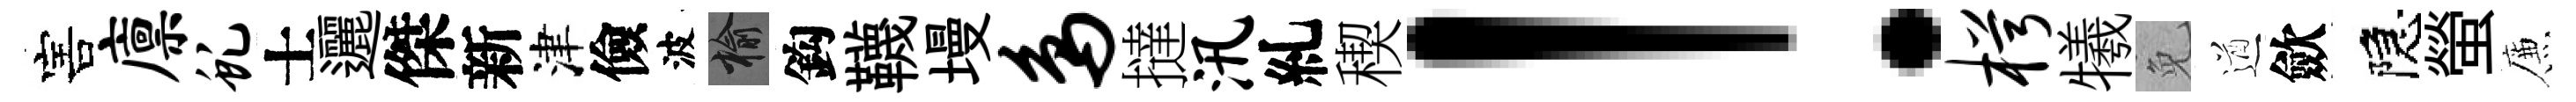
害廪虬士邐傑新津儉波榆鈎韈墁鸟撻汛糺稧！枵犧免遒歛隠螢簾